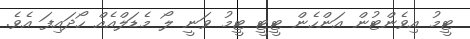
ޓީމު އިވެންޓުން އަންހެން ޓީޓީ ޓީމު ވަނީ ލޯ މެޑަލްއެއް ހޯދައިފަ އެވެ.